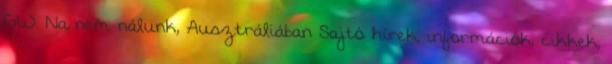
GW. Na nem nálunk, Ausztráliában Sajtó hírek, információk, cikkek,